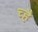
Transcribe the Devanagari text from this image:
च्है